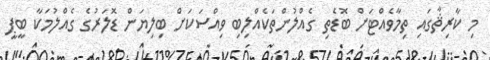
މި ކާރިޘާގައި ތިމާވެއްޓަށް ބޮޑެތި ގެއްލުންތަކެއްލިބި ވިއްސަކަށް ބިލިޔަން ޑޮލަރުގެ ގެއްލުމަކާ ބީޕީ